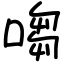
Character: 㗙